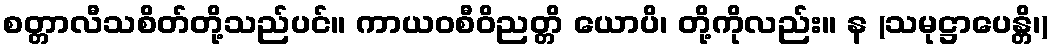
စတ္တာလီသစိတ်တို့သည်ပင်။ ကာယဝစီဝိညတ္တိ ယောပိ၊ တို့ကိုလည်း။ န (သမုဋ္ဌာပေန္တိ၊)